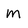
Character: m